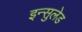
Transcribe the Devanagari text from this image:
इन्सुलेड